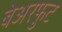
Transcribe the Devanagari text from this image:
बेअरफुट